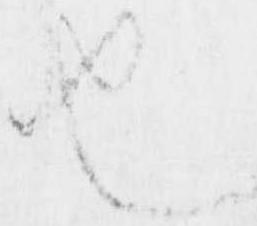
也